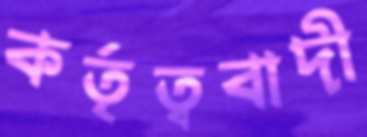
কর্তৃত্ববাদী